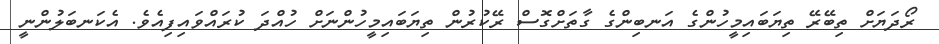
ރޯދަޔަށް ތިބޭރޭ ތިޔަބައިމީހުންގެ އަނބިންގެ ގާތަށްގޮސް ރޭކުރުން ތިޔަބައިމީހުންނަށް ހުއްދަ ކުރައްވައިފިއެވެ. އެކަނބަލުންނީ